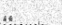
١٢